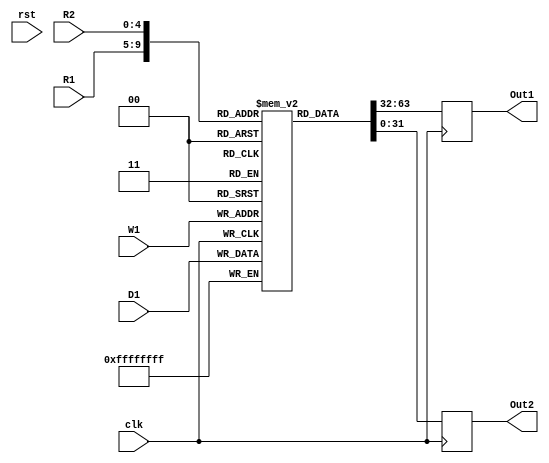
module reg_file(
  input clk, rst,
  input [4:0] R1, R2, 
  input [4:0] W1,
  input [31:0] D1,
  output reg [31:0] Out1, Out2
  );

  reg [31:0] rf[31:0];

  always @(posedge clk)
  begin
    rf[W1] <= D1;
    Out1 <= rf[R1];
    Out2 <= rf[R2];
  end
endmodule